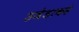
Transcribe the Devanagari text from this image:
उजेडाकडे